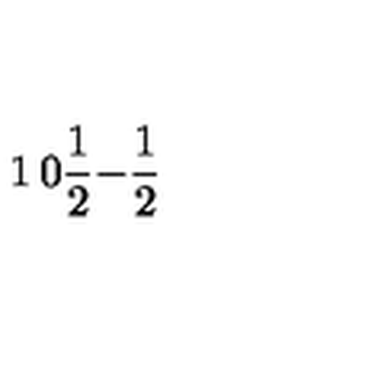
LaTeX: \begin{matrix} { 1 } & { 0 } \\ { { \frac { 1 } { 2 } } } & { - { \frac { 1 } { 2 } } } \\ \end{matrix}